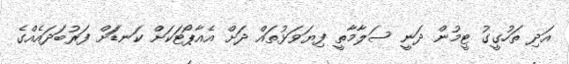
އަދި ތަހުގީގު ޓީމުން ދަނީ ސަލާމާތީ ފިޔަވަޅުތައް ދަށް އެއާޕޯޓަކަށް ކަނޑަަށް ފަރުބަދައެއްގެ